Cholera in India, 1862 to 1881
Year: 1862
Disease focus: Cholera
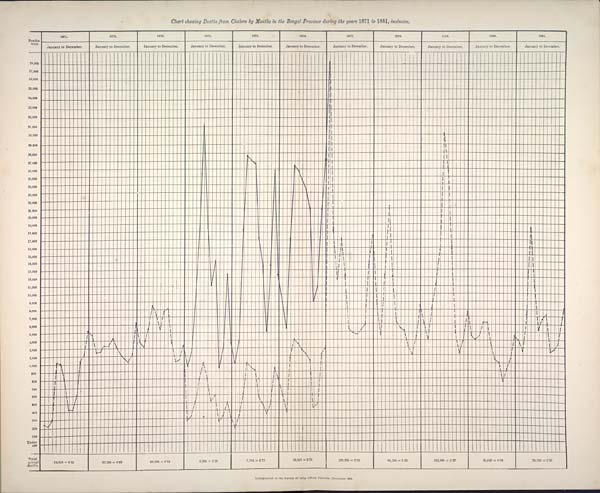
Chart showing Deaths from Cholera by Months in the Bengal Province during the years 1871 to 1881, inclusive.
Lithographed at the Survey of India Offices, Calcutta, November 1884.